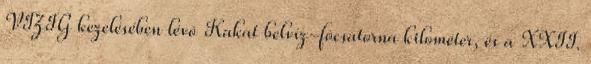
VIZIG kezelésében lévõ Kakat belvíz-fõcsatorna kilométer, és a XXII.